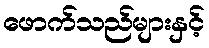
ဖောက်သည်များနှင့်